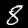
Digit: 8